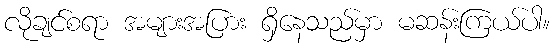
လိုချင်စရာ အများအပြား ရှိနေသည်မှာ မဆန်းကြယ်ပါ။